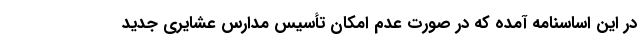
در این اساسنامه آمده که در صورت عدم امکان تأسیس مدارس عشایری جدید